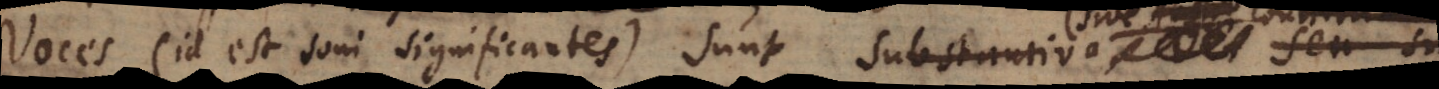
Voces (id est soni significantes) sunt Substantiva (sive